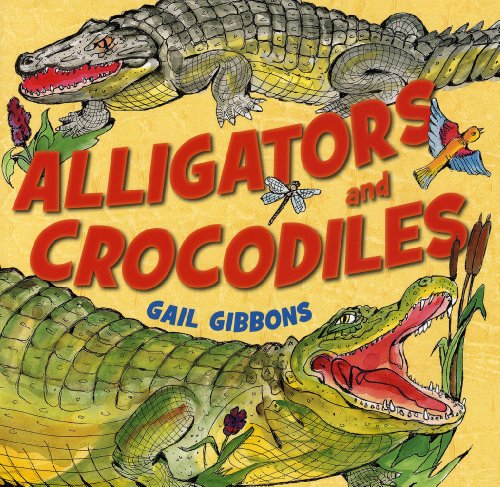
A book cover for Alligators and Crocodiles; Gail Gibbons; Children's Books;